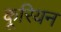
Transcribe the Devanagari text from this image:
कूरियन